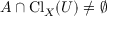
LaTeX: A \cap \operatorname { C l } _ { X } ( U ) \neq \emptyset